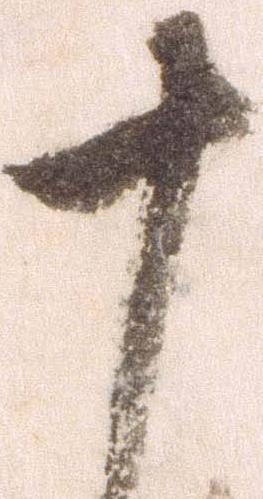
十